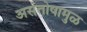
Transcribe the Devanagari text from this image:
असंतोषामुळ